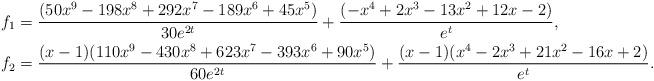
LaTeX: \begin{align*} f_1 &=\frac{(50x^9-198x^8+292x^7-189x^6+45x^5)}{30e^{2t}}+\frac{ (-x^4+2x^3-13x^2+12x-2)}{e^{t}}, \\ f_2&=\frac{(x - 1)(110x^9 - 430x^8 + 623x^7 - 393x^6+90x^5)}{60e^{2t}} + \frac{(x-1)(x^4 - 2x^3 + 21x^2 - 16x + 2)}{e^{t}}.\end{align*}